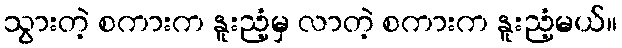
သွားတဲ့ စကားက နူးညံ့မှ လာတဲ့ စကားက နူးညံ့မယ်။